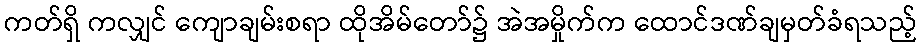
ကတ်ရှိ ကလျှင် ကျောချမ်းစရာ ထိုအိမ်တော်၌ အဲအမှိုက်က ထောင်ဒဏ်ချမှတ်ခံရသည့်